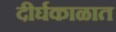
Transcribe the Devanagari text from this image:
दीर्घकाळात